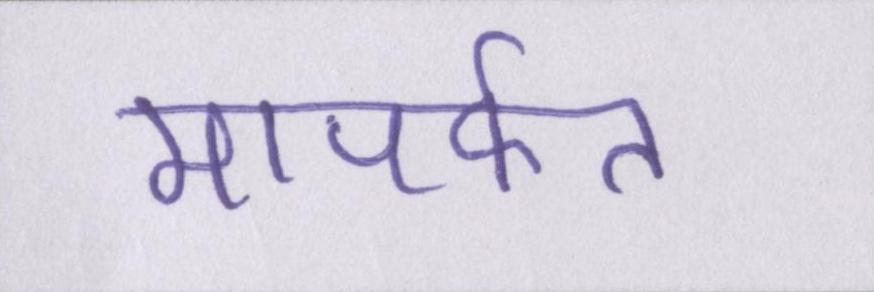
मापर्फत